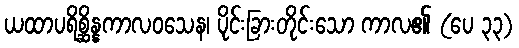
ယထာပရိစ္ဆိန္နကာလဝသေန၊ ပိုင်းခြားတိုင်းသော ကာလ၏ (ပေ ၃၃)